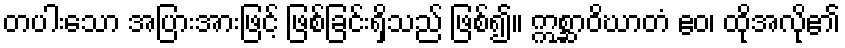
တပါးသော အပြားအားဖြင့် ဖြစ်ခြင်းရှိသည် ဖြစ်၍။ ဣစ္ဆာဝိဃာတံ ဧဝ၊ ထိုအလို၏